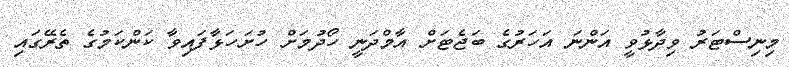
މިނިސްޓަރު ވިދާޅުވީ އަންނަ އަހަރުގެ ބަޖެޓަށް އާމްދަނީ ހޯދުމަށް ހުށަހަޅާފައިވާ ކަންކަމުގެ ތެރޭގައި